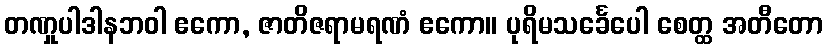
တဏှုပါဒါနဘဝါ ဧကော, ဇာတိဇရာမရဏံ ဧကော။ ပုရိမသင်္ခေပေါ စေတ္ထ အတီတော